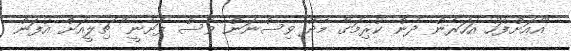
"އެއަށްފަހު އަހަރެން ދެން ކުރިމަގާ މެދު ވިސްނަން ވެސް ފަށާނީ" ޗިލީއަށް އުފަން